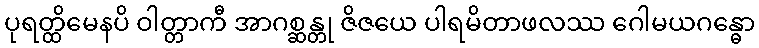
ပုရတ္ထိမေနပိ ဝါတ္တာကီ အာဂစ္ဆန္တု ဇိဇယေ ပါရမိတာဖလဿ ဂေါမယဂန္ဓော